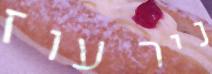
ניר עוז